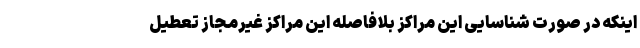
اینکه در صورت شناسایی این مراکز بلافاصله این مراکز غیرمجاز تعطیل